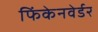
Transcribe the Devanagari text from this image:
फिंकेनवेर्डर